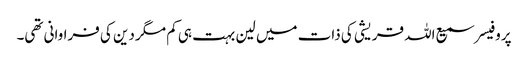
پروفیسر سمیع اللہ قریشی کی ذات میں لین بہت ہی کم مگر دین کی فراوانی تھی۔